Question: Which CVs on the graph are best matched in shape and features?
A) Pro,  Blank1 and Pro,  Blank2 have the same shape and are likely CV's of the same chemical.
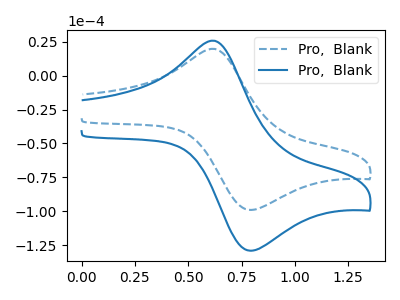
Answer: <think>The blue dashed curve "Pro,  Blank1" has an anodic peak at (0.60V, 19.80uA) and a cathodic peak at (0.80V, -99.15uA). The blue curve "Pro,  Blank2" has an anodic peak at (0.60V, 25.80uA) and a cathodic peak at (0.80V, -129.25uA).
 All the peaks in "Pro,  Blank1" have a peak in "Pro,  Blank2" at the same potential. Every peak in "Pro,  Blank1" is lower than every peak in "Pro,  Blank2".</think>
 <answer>A) "Pro,  Blank1" and "Pro,  Blank2" have the same shape and are likely CV's of the same chemical.</answer>
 <eval>A</eval>